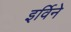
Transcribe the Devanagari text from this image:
इर्विने